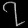
Digit: ၇